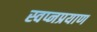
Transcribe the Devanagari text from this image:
स्वप्नप्रयाण